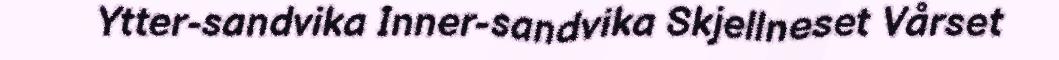
Ytter-sandvika Inner-sandvika Skjellneset Vårset